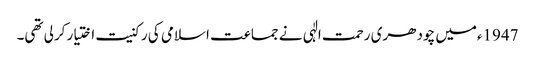
1947ءمیں چودھری رحمت الٰہی نے جماعت اسلامی کی رکنیت اختیار کرلی تھی۔